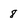
Character: 8